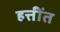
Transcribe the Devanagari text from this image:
हत्तींत